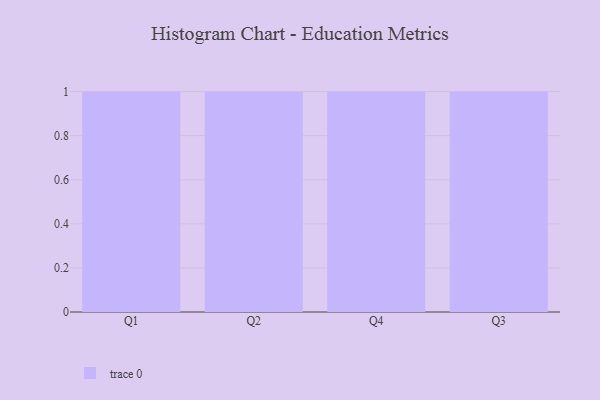
{"axis": {"x": "Quarter", "y": "Budget (USD K)"}, "legend": [""], "data": [{"x": "Q1", "y": 84, "type": ""}, {"x": "Q2", "y": 24, "type": ""}, {"x": "Q4", "y": 31, "type": ""}, {"x": "Q3", "y": 72, "type": ""}]}